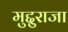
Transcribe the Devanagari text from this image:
मुद्दुराजा